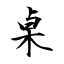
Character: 桌